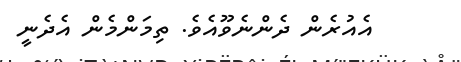
އެއުރެން ދެންނެވޫއެވެ. ތިމަންމެން އެދެނީ